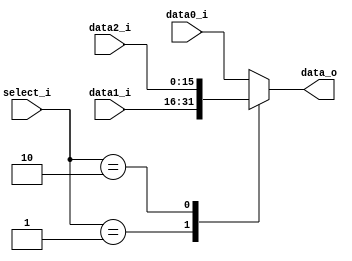
module Mux3to1( data0_i, data1_i, data2_i, select_i, data_o );

parameter size = 16;			   
			
//I/O ports               
input wire	[size-1:0] data0_i;          
input wire	[size-1:0] data1_i;
input wire	[size-1:0] data2_i;
input wire	[2-1:0] select_i;
output wire	[size-1:0] data_o; 

//Main function
/*your code here*/

reg [size-1:0] out;
always@(*)
    case(select_i)
        2'b00:  out = data0_i;
        2'b01:  out = data1_i;
        2'b10:  out = data2_i;
        default:out = data0_i;
     endcase

assign data_o = out;

endmodule